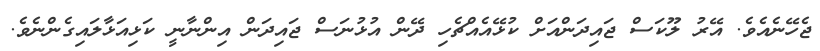
ޖެހޭނެއެވެ. އޭރު ލޫކަސް ޖައިދަންއަށް ކުޅޭއެއްޗެހި ދޭން އުޅުނަސް ޖައިދަން އިންނާނީ ކަޅިއަޅާލައިގެންނެވެ.